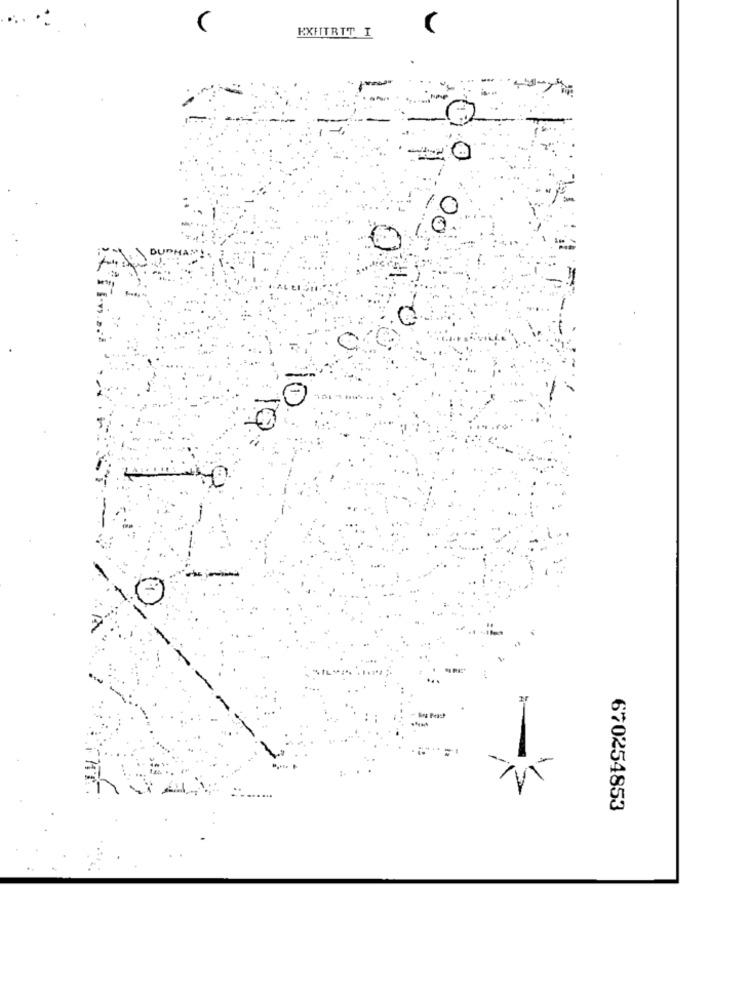
EXHITRIT I
-
00
0
-
1
670254853